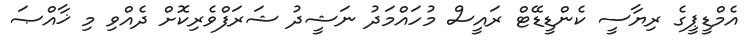
އެމްޑީޕީގެ ރިޔާސީ ކެންޑީޑޭޓް ރައީސް މުހައްމަދު ނަޝީދު ޝަރަފްވެރިކޮށް ދެއްވި މި ޚާއްޞަ